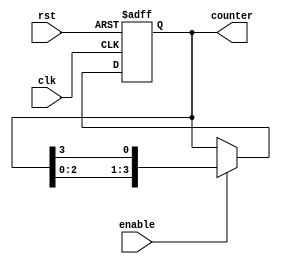
module Johnson_Counter_4bit(
    input clk,
    input rst,
    input enable,
    output reg [3:0] counter
);

always @(posedge clk or posedge rst) begin
    if (rst) begin
        counter <= 4'b0000;
    end else begin
        if (enable) begin
            counter <= {counter[2:0], counter[3]};
        end
    end
end

endmodule